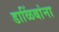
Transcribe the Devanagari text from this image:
डाळिंबांना